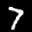
Label: 7